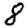
Digit: 8